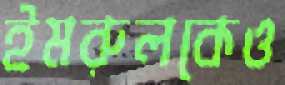
ইমরুলকেও